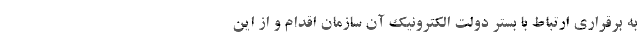
به برقراری ارتباط با بستر دولت الکترونیک آن سازمان اقدام و از این